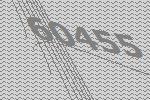
60455